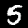
Label: 5